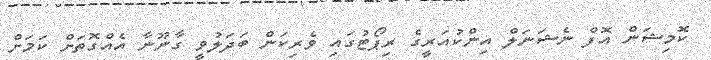
ކޮމިޝަން އޮފް ނެޝަނަލް އިންކުއަރީގެ ރިޕޯޓުގައި ވެރިކަން ބަދަލުވީ ގާނޫނާ އެއްގޮތަށް ކަމަށް